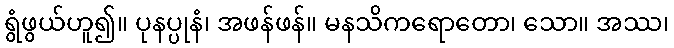
ရွံဖွယ်ဟူ၍။ ပုနပ္ပုနံ၊ အဖန်ဖန်။ မနသိကရောတော၊ သော။ အဿ၊